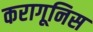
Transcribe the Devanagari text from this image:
करागूनिस